Annual statistical returns and brief notes on vaccination in Bengal - 1887-1898
Year: 1887
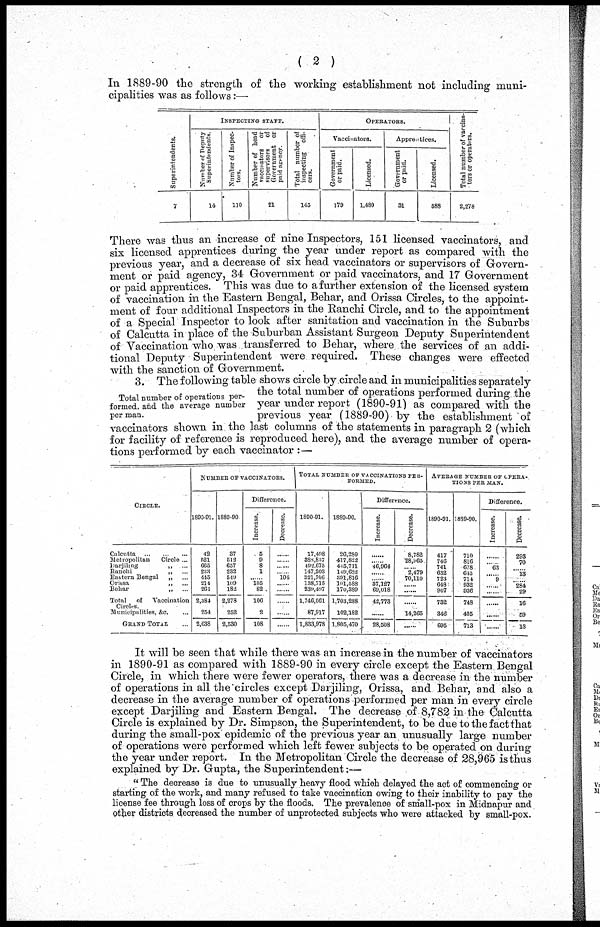
(2 )
In 1889-90 the strength of the working establishment not including muni-
cipalities was as follows:—
Superintendents.
7
INSPECTING STAFF.
Number of Deputy
Superintendents.
14
Number of Inspec-
tors.
110
Number of head
vaccinators
or
supervisors
of
Government or
paid agency.
21
Total number of
inspecting offi-
cers.
145
OPERATORS.
Vaccinators.
Government
or paid.
179
Licensed.
1,480
Apprentices.
Government
or paid.
31
Licensed.
588
Total number of vaccina-
tors or operators.
2,278
There was thus an increase of nine Inspectors, 151 licensed vaccinators, and
six licensed apprentices during the year under report as compared with the
previous year, and a decrease of six head vaccinators or supervisors of Govern-
ment or paid agency, 34 Government or paid vaccinators, and 17 Government
or paid apprentices. This was due to a further extension of the licensed system
of vaccination in the Eastern Bengal, Behar, and Orissa Circles, to the appoint-
ment of four additional Inspectors in the Ranchi Circle, and to the appointment
of a Special Inspector to look after sanitation and vaccination in the Suburbs
of Calcutta in place of the Suburban Assistant Surgeon Deputy Superintendent
of Vaccination who was transferred to Behar, where the services of an addi-
tional Deputy Superintendent were required. These changes were effected
with the sanction of Government.
Total number of operations per-
formed, and the average number
per man.
3. The following table shows circle by circle and in municipalities separately
the total number of operations performed during the
year under report (1890-91) as compared with the
previous year (1889-90) by the establishment of
vaccinators shown in the last columns of the statements in paragraph 2 (which
for facility of reference is reproduced here), and the average number of opera-
tions performed by each vaccinator :—
CIRCLE.
Calcutta
...
...
...
Metropolitan
Circle...
Darjiling
,, ...
Ranchi
,, ...
Eastern Bengal
„ ...
Orissa
„ ...
Behar
,, ...
Total of Vaccination
Circles.
Municipalities, &c. ...
GRAND TOTAL ...
NUMBER OF VACCINATORS.
1890-91.
42
521
665
233
445
214
264
2,384
254
2,638
1889-90
37
512
657
232
549
109
182
2,278
252
2,530
Difference.
Increase.
5
9
8
1
......
105
82
106
2
108
Decrease.
......
......
......
......
104
......
......
......
......
......
TOTAL NUMBER OF VACCINATIONS PER-
FORMED.
1890-91.
17,498
388,837
492,675
147,203
321,706
138,715
239,497
1,746,061
87,917
1,833,978
1889-90.
26,280
417,822
445,711
149,082
391,816
101,588
170,389
1,703,288
102,182
1,805,470
Difference.
Increase.
......
......
46,964
......
......
37,127
69,018
42,773
......
28,508
Decrease.
8,782
28,965
......
2,479
70,110
......
......
......
14,265
......
AVERAGE NUMBER OF OPERA-
TIONS PER MAN.
1890-91.
417
746
741
632
723
648
907
732
346
695
1889-90.
710
816
378
615
714
932
936
748
405
713
Difference.
Increase.
......
......
63
......
9
......
......
......
......
......
Decrease.
293
70
......
13
......
284
29
16
59
18
It will be seen that while there was an increase in the number of vaccinators
in 1890-91 as compared with 1889-90 in every circle except the Eastern Bengal
Circle, in which there were fewer operators, there was a decrease in the number
of operations in all the circles except Darjiling, Orissa, and Behar, and also a
decrease in the average number of operations performed per man in every circle
except Darjiling and Eastern Bengal. The decrease of 8,782 in the Calcutta
Circle is explained by Dr. Simpson, the Superintendent, to be due to the fact that
during the small-pox epidemic of the previous year an unusually large number
of operations were performed which left fewer subjects to be operated on during
the year under report. In the Metropolitan Circle the decrease of 28,965 is thus
explained by Dr. Gupta, the Superintendent:—
" The decrease is due to unusually heavy flood which delayed the act of commencing or
starting of the work, and many refused to take vaccination owing to their inability to pay the
license fee through loss of crops by the floods. The prevalence of small-pox in Midnapur and
other districts decreased the number of unprotected subjects who were attacked by small-pox.